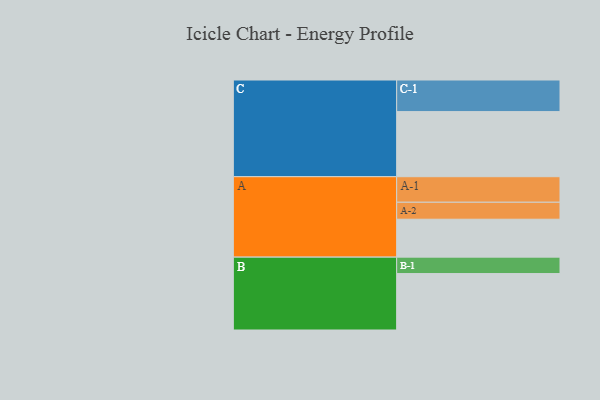
{"axis": {"x": "Segment", "y": "Value"}, "legend": ["", "A", "B", "C"], "data": [{"x": "A", "y": 337, "type": ""}, {"x": "B", "y": 502, "type": ""}, {"x": "C", "y": 579, "type": ""}, {"x": "A-1", "y": 227, "type": "A"}, {"x": "A-2", "y": 151, "type": "A"}, {"x": "B-1", "y": 146, "type": "B"}, {"x": "C-1", "y": 281, "type": "C"}]}